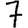
Digit: 7